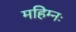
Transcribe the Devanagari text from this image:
महिम्नः